画像に写った文字を読んでください
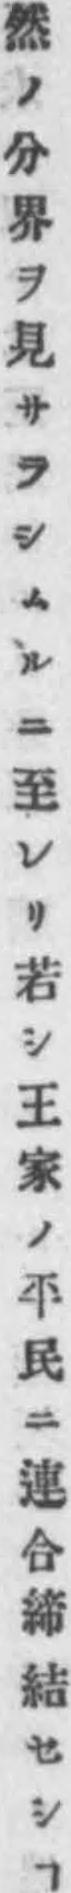
「然ノ分界ヲ見サラシムルニ至レリ若シ王家ノ平民ニ連合締結セシヿ」と書いてあります